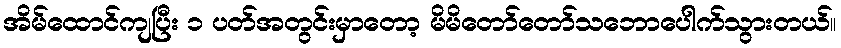
အိမ်ထောင်ကျပြီး ၁ ပတ်အတွင်းမှာတော့ မိမိတော်တော်သဘောပေါက်သွားတယ်။